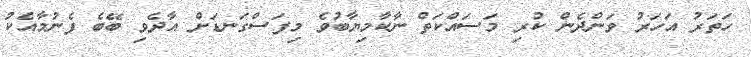
ހަަތަރު އަހަރު ވަންދެން ކުރި މަސައްކަތް ނާކާމިޔާބުވެ މިފަސްގަނޑަށް އާދެވި ބޭބެ ފެނުމާއެކު